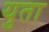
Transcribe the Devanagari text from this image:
युता